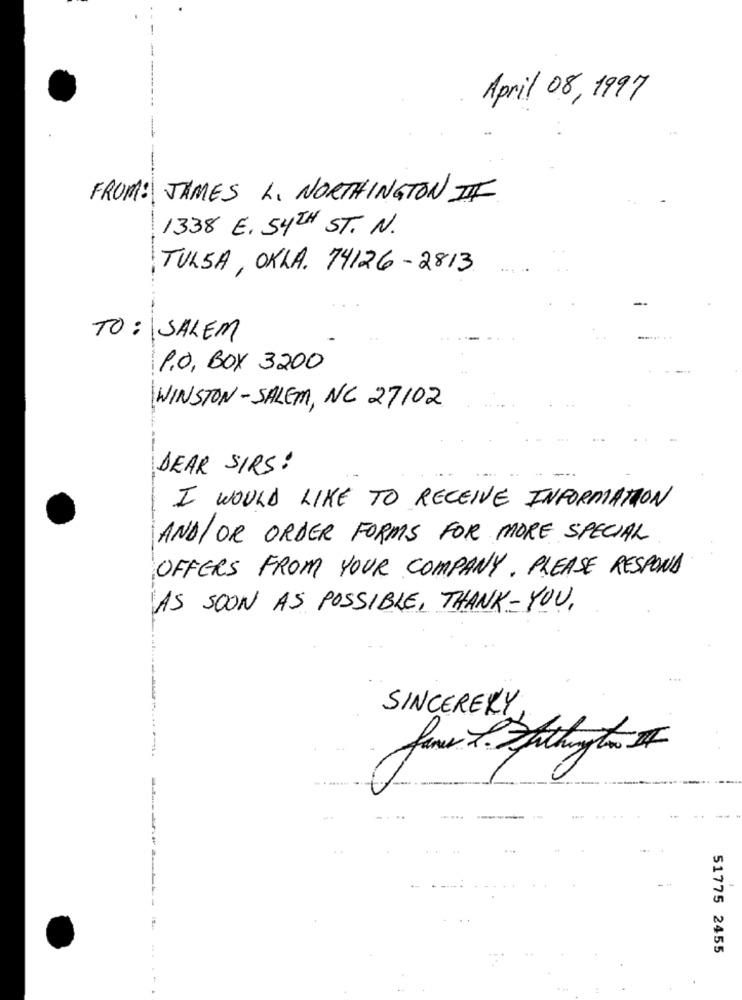
April 08, 1997
FROM: JAMES L. NORTHINGTON II
1338 E. SYTH ST. N.
TULSA , OKLA. 74126- 2813
TO : SALEM
P.O. BOX 3200
WINSTON-SALEM, NC 27102
DEAR SIRS !
I WOULD LIKE TO RECEIVE INFORMATION
AND/ OR ORDER FORMS FOR MORE SPECIAL
OFFERS FROM YOUR COMPANY. PLEASE RESPOND
AS SOON AS POSSIBLE, THANK-YOU,
SINCERELY,
51775 2455